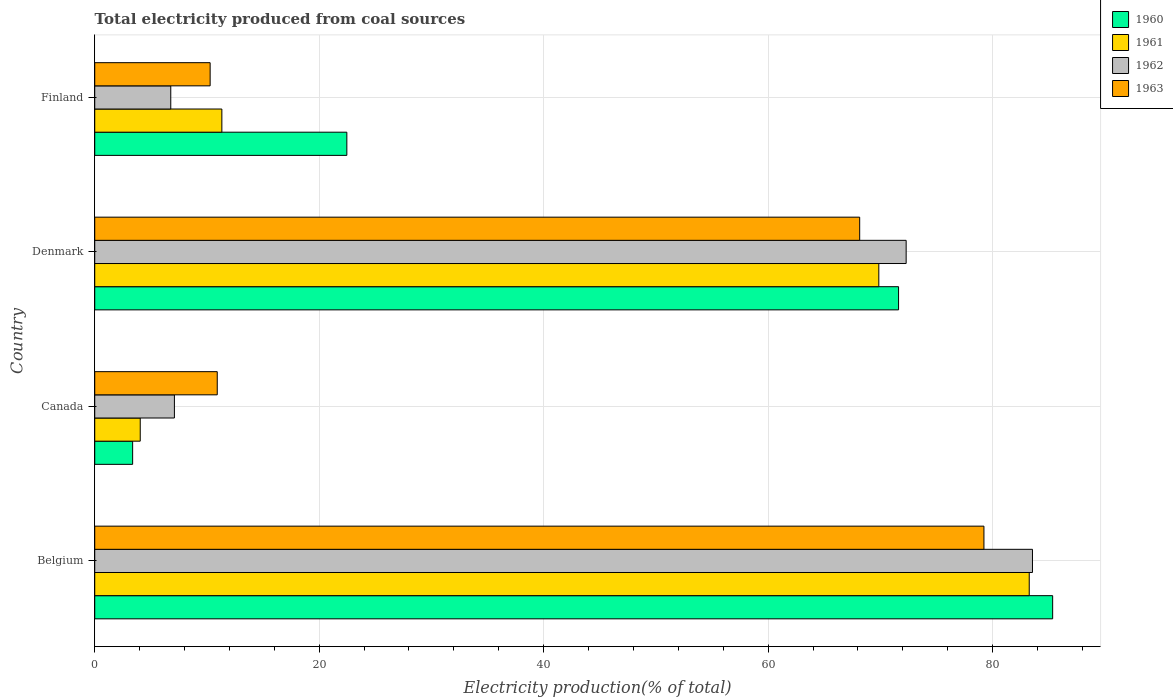
| Country | 1960 | 1961 | 1962 | 1963 |
 | --- | --- | --- | --- | --- |
 | Belgium | 85.4 | 83.3 | 83.6 | 79.2 |
 | Canada | 3.38 | 4.05 | 7.1 | 10.9 |
 | Denmark | 71.6 | 69.9 | 72.3 | 68.2 |
 | Finland | 22.5 | 11.3 | 6.78 | 10.3 |